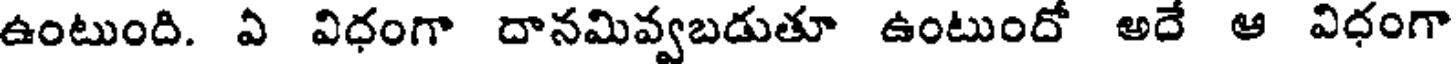
ఉంటుంది. ఏ విధంగా దానమివ్వబడుతూ ఉంటుందో అదే ఆ విధంగా